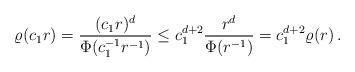
LaTeX: \begin{align*}\varrho(c_1 r)=\frac{(c_1 r)^d}{\Phi(c_1^{-1}r^{-1})}\le c_1^{d+2} \frac{r^d}{\Phi(r^{-1})}= c_1^{d+2} \varrho(r)\, .\end{align*}